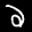
Label: 2